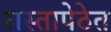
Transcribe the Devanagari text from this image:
रास्तापेठेत